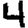
Digit: 4